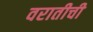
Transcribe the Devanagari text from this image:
वरातीची